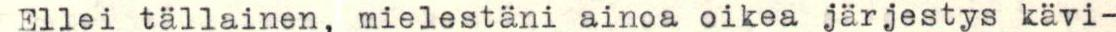
Ellei tällainen, mielestäni ainoa oikea järjestys kävi-